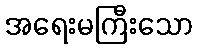
အရေးမကြီးသော